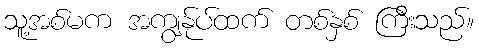
သူ့အစ်မက အကျွန်ုပ်ထက် တစ်နှစ် ကြီးသည်။